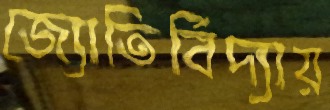
জ্যোতির্বিদ্যায়